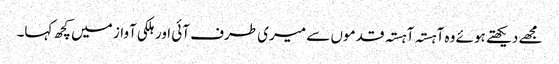
مجھے دیکھتے ہوئے وہ آہستہ آہستہ قدموں سے میری طرف آئی اور ہلکی آواز میں کچھ کہا۔